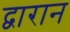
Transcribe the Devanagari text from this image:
द्वारान